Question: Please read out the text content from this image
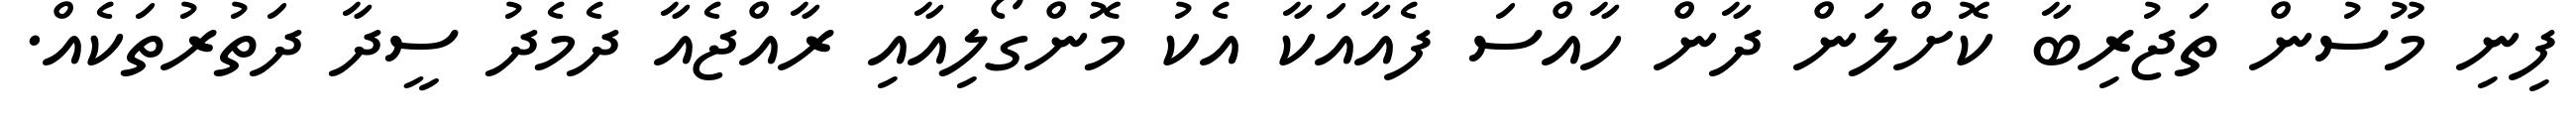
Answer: ފިނި މޫސުން ތަޖުރިބާ ކޮށްލަން ދާން ހާއްސަ ފެއާއަކާ އެކު މޮންގޯލިއާއި ރާއްޖެއާ ދެމެދު ސީދާ ދަތުރުތަކެއް.